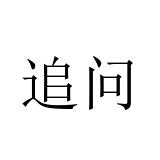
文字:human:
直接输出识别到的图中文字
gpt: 追问